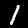
Digit: 1